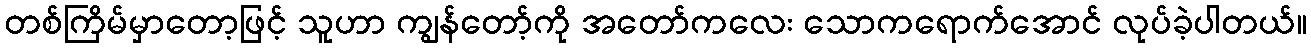
တစ်ကြိမ်မှာတော့ဖြင့် သူဟာ ကျွန်တော့်ကို အတော်ကလေး သောကရောက်အောင် လုပ်ခဲ့ပါတယ်။